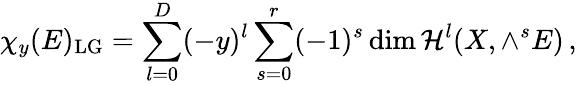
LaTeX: \chi_{y}(E)_{\mathrm{LG}}=\sum_{l=0}^{D}(-y)^{l}\sum_{s=0}^{r}(-1)^{s}\dim{\cal H}^{l}(X,\wedge^{s}E)\, ,